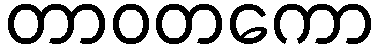
တာဝတကော